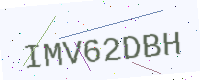
Text: IMV62DBH